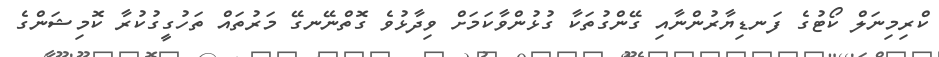
ކްރިމިނަލް ކޯޓުގެ ފަނޑިޔާރުންނާއި ގޭންގުތަކާ ގުޅުންވާކަމަށް ވިދާޅުވެ ގޮތްނޭނގޭ މަރުތައް ތަހުގީގުކުރާ ކޮމިޝަންގެ